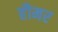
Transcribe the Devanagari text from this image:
हौमर